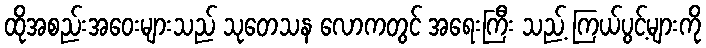
ထိုအစည်းအဝေးများသည် သုတေသန လောကတွင် အရေးကြီး သည့် ကြယ်ပွင့်များကို